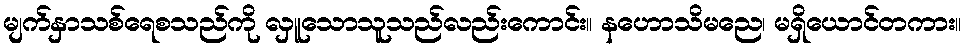
မျက်နှာသစ်ရေစသည်ကို လှူသောသူသည်လည်းကောင်း။ နဟောသိမညေ၊ မရှိယောင်တကား။